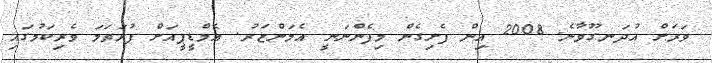
ވަރަށް އުދަނގޫވާނެ. 2008 އިން ފެށިގެން މިފެންނަނީ އެމަންޒަރު. އެމްޑީޕީއަށް ފުރަތަމަ ވެރިކަމުގައި